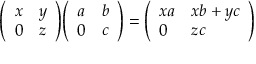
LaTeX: { \left( \begin{array} { l l } { x } & { y } \\ { 0 } & { z } \end{array} \right) } { \left( \begin{array} { l l } { a } & { b } \\ { 0 } & { c } \end{array} \right) } = { \left( \begin{array} { l l } { x a } & { x b + y c } \\ { 0 } & { z c } \end{array} \right) }